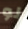
لو